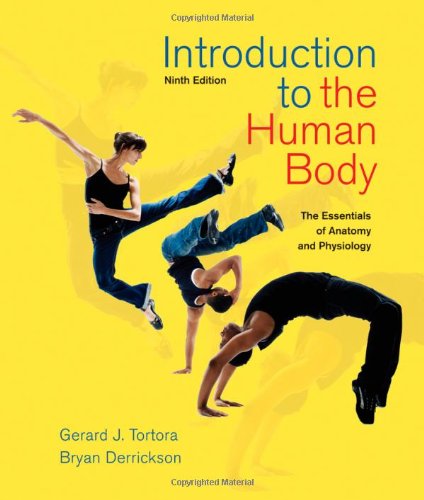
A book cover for Introduction to the Human Body; Gerard J. Tortora; Medical Books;